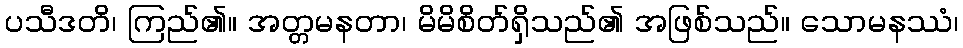
ပသီဒတိ၊ ကြည်၏။ အတ္တမနတာ၊ မိမိစိတ်ရှိသည်၏ အဖြစ်သည်။ သောမနဿံ၊